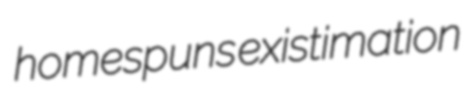
homespuns existimation